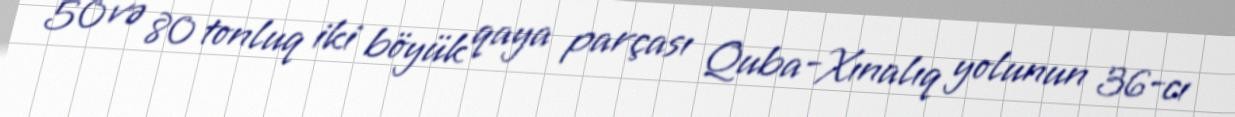
50 və 80 tonluq iki böyük qaya parçası Quba-Xınalıq yolunun 36-cı